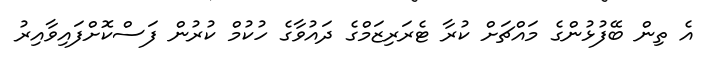
އެ ތިން ބޭފުޅުންގެ މައްޗަށް ކުރާ ޓެރަރިޒަމްގެ ދައުވާގެ ހުކުމް ކުރުން ފަސްކޮށްފައިވާއިރު